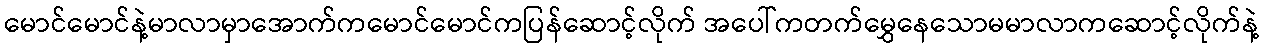
မောင်မောင်နဲ့မာလာမှာအောက်ကမောင်မောင်ကပြန်ဆောင့်လိုက် အပေါ်ကတက်မွှေနေသောမမာလာကဆောင့်လိုက်နဲ့